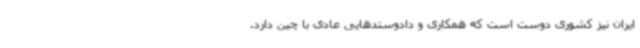
ایران نیز کشوری دوست است که همکاری و دادوستدهایی عادی با چین دارد.